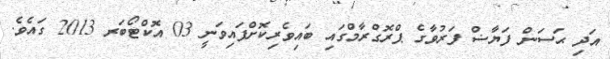
އަދި ޙަސަން ފަޔާޟް ފަރުވާގެ ޕްރޮގްރާމްގައި ބައިވެރިކޮށްފައިވަނީ 03 އޮކްޓޯބަރ 2013 ގައެވެ.